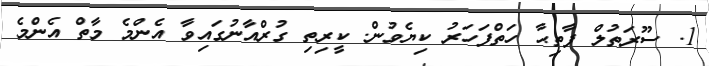
1. ސޫރަތުލް ފާތިޙާ ހަތްފަހަރު ކިޔެވުން. ކީރިތި ގުރްއާނުގައިވާ އެންމެ މާތް އެންމެ